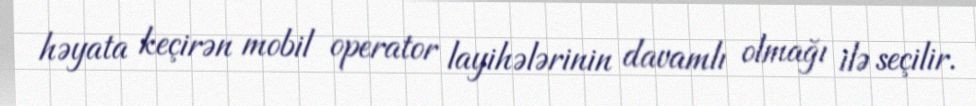
həyata keçirən mobil operator layihələrinin davamlı olmağı ilə seçilir.